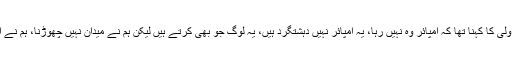
ایک سوال کے جواب میں اسفندر یار ولی کا کہنا تھا کہ امپائر وہ نہیں رہا، یہ امپائر نہیں دہشتگرد ہیں، یہ لوگ جو بھی کرتے ہیں لیکن ہم نے میدان نہیں چھوڑنا، ہم نے الیکشن لڑنا ہے اور انشا اللہ جیتنا ہے۔